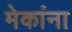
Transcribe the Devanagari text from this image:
मेकांना